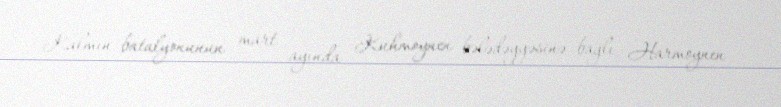
Kalmın batalyonunun mart ayında Kuhmoynen bələdəyyəsinə bağlı Harmoynen